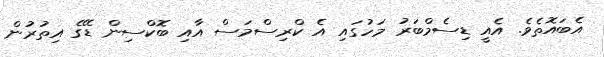
އެބައޮތެވެ. އެއީ ޑިސެމްބަރު މަހުގައި އެ ކްރިސްމަސް އާއި ބޮކްސިން ޑޭގެ އިތުރުން